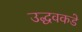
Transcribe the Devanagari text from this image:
उद्धवकडे